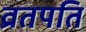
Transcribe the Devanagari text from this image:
व्रतपति